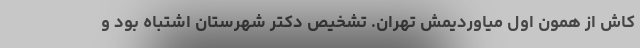
کاش از همون اول میاوردیمش تهران. تشخیص دکترِ شهرستان اشتباه بود و